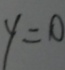
y = 0